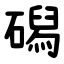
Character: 磶